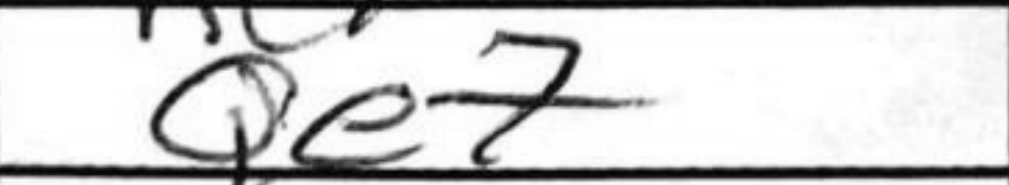
Transcription: Qe7